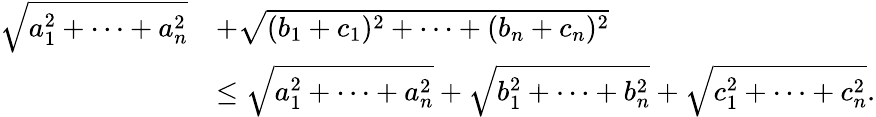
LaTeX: \begin{array}{rl}{\sqrt{a_{1}^{2}+\cdots+a_{n}^{2}}}&{+\sqrt{(b_{1}+c_{1})^{2}+\cdots+(b_{n}+c_{n})^{2}}}\\ &{\leq\sqrt{a_{1}^{2}+\cdots+a_{n}^{2}}+\sqrt{b_{1}^{2}+\cdots+b_{n}^{2}}+\sqrt{c_{1}^{2}+\cdots+c_{n}^{2}}.}\end{array}